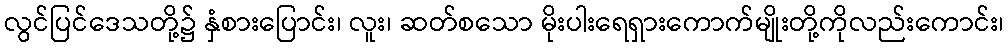
လွင်ပြင်ဒေသတို့၌ နှံစားပြောင်း၊ လူး၊ ဆတ်စသော မိုးပါးရေရှားကောက်မျိုးတို့ကိုလည်းကောင်း၊